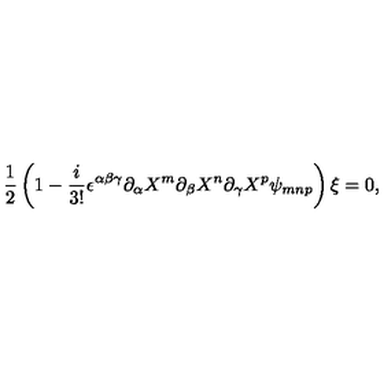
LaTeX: \frac { 1 } { 2 } \left( 1 - \frac { i } { 3 ! } \epsilon ^ { \alpha \beta \gamma } \partial _ { \alpha } X ^ { m } \partial _ { \beta } X ^ { n } \partial _ { \gamma } X ^ { p } \psi _ { m n p } \right) \xi = 0 ,